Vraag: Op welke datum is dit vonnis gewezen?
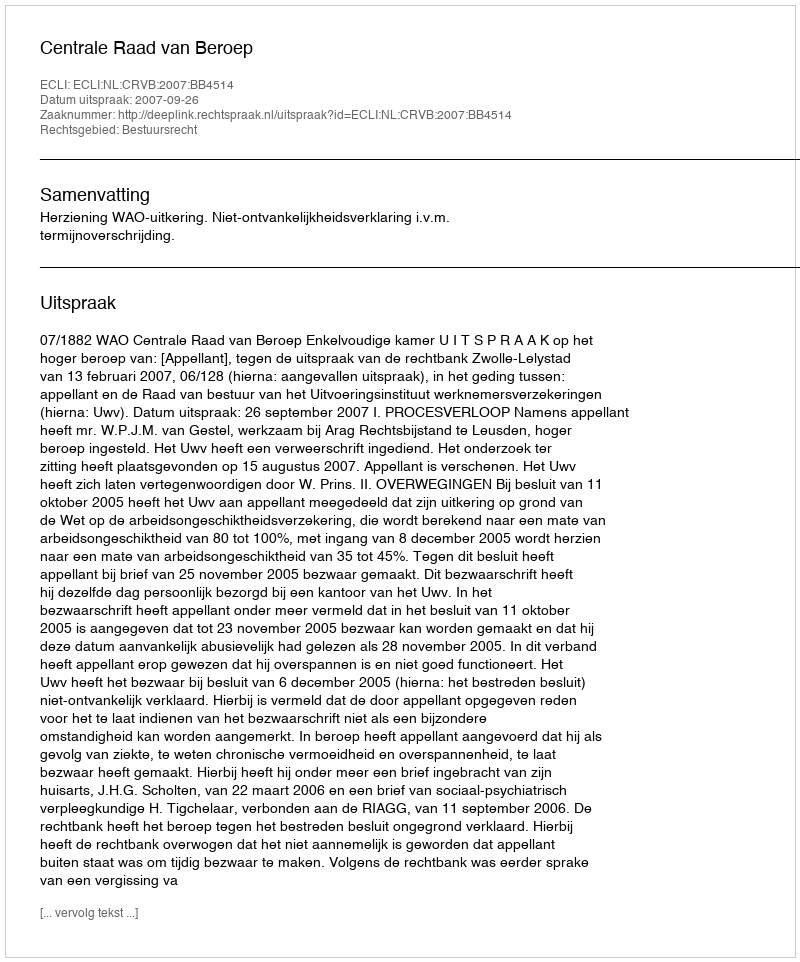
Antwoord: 2007-09-26